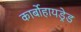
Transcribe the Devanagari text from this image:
कार्बोहायड्रेड